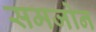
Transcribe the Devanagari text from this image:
समजोन